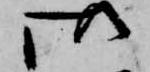
御